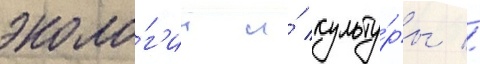
эколо́г'ии и́ культу́ры //